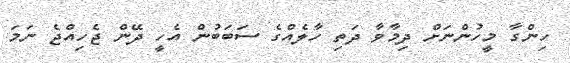
ހިންގާ މީހުންނަށް ދިމާވާ ދަތި ހާލެއްގެ ސަބަބުން އެހީ ދޭން ޖެހިއްޖެ ނަމަ